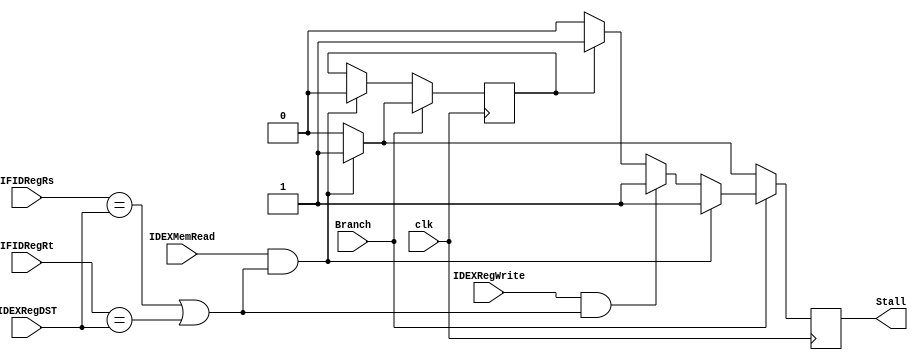
module Hazard_Detection(
    IFIDRegRs,
    IFIDRegRt,
    IDEXRegDST,
    IDEXMemRead,
    IDEXRegWrite,
    Branch,
    Stall,
    clk
);

input [4:0] IFIDRegRs, IFIDRegRt, IDEXRegDST;
input IDEXMemRead, Branch, IDEXRegWrite, clk;
output Stall;

reg Stall, Stall2;



always @ (negedge clk) begin
  Stall <= 0;
  if (Branch) begin
    if (IDEXMemRead && ((IFIDRegRs == IDEXRegDST) || (IFIDRegRt == IDEXRegDST))) begin
      Stall <= 1;
      Stall2 <= 1;
    end else if (IDEXRegWrite && ((IFIDRegRs == IDEXRegDST) || (IFIDRegRt == IDEXRegDST))) begin
      Stall <= 1;
      Stall2 <= 0;
    end else if (Stall2) begin
      Stall <= 1;
      Stall2 <= 0;
    end
  end else if (IDEXMemRead && ((IFIDRegRs == IDEXRegDST) || (IFIDRegRt == IDEXRegDST))) begin
      Stall <= 1;
      Stall2 <= 0;
  end else begin
      Stall <= 0; 
  end

end

endmodule